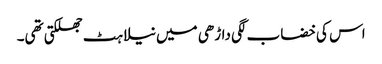
اس کی خضاب لگی داڑھی میں نیلاہٹ جھلکتی تھی۔